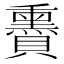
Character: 𧸬